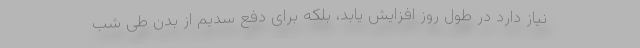
نیاز دارد در طول روز افزایش یابد، بلکه برای دفع سدیم از بدن طی شب